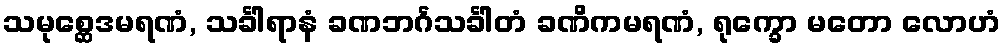
သမုစ္ဆေဒမရဏံ, သင်္ခါရာနံ ခဏဘင်္ဂသင်္ခါတံ ခဏိကမရဏံ, ရုက္ခော မတော လောဟံ